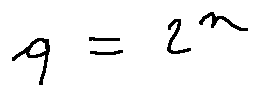
q = 2 ^ { n }